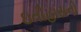
ઇતીહાસનો